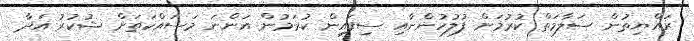
ރައްޔިތުން ސަލާމަތް ކުރުމަށް ފުލުހުންނާއި ސިފައިން ކުރަމުން އަންނަ މަސައްކަތަށް ޝުކުރު އަދާ